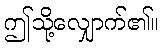
ဤသို့လျှောက်၏။